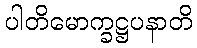
ပါတိမောက္ခဋ္ဌပနာတိ